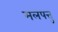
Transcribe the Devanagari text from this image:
मलपत्तु